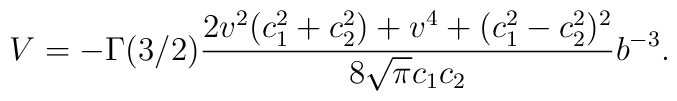
V=-\Gamma(3/2)\frac{2v^2 (c_{1}^{2}+ c_{2}^{2}) + v^4 + (c_{1}^{2} -c_{2}^{2})^2}{8\sqrt{\pi} c_1 c_2 } b^{-3}.